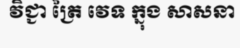
វិជ្ជា ត្រៃ វេទ ក្នុង សាសនា